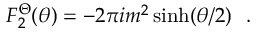
F _ { 2 } ^ { \Theta } ( \theta ) = - 2 \pi i m ^ { 2 } \sinh ( \theta / 2 ) \, \, \, \, .